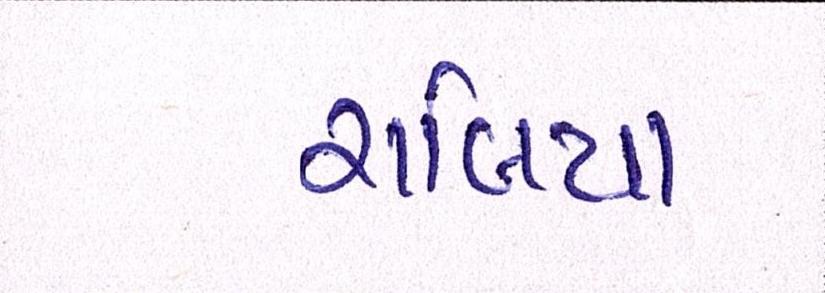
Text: રાબિયા